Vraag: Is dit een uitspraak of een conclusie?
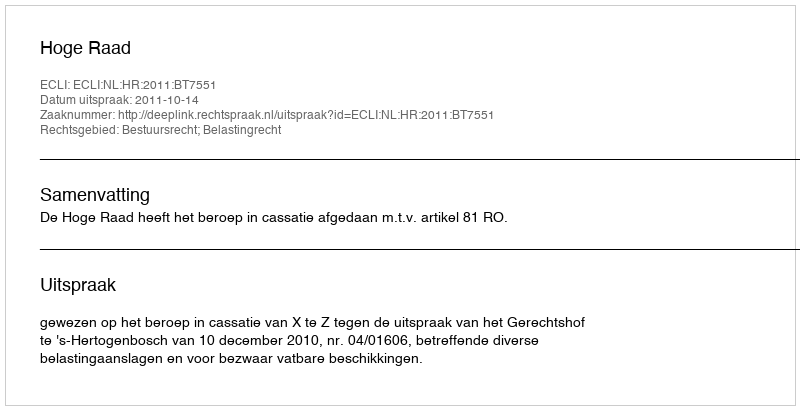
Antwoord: Uitspraak